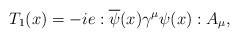
\begin{align*}T_1(x)=-ie:\overline{\psi}(x)\gamma^{\mu}\psi(x):A_{\mu},\end{align*}